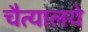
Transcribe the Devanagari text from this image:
चैत्यालये